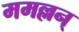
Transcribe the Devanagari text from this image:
ममल्लन्